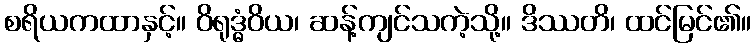
စရိယကထာနှင့်။ ဝိရုဒ္ဓံဝိယ၊ ဆန့်ကျင်သကဲ့သို့။ ဒိဿတိ၊ ထင်မြင်၏။